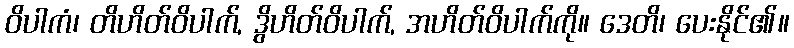
ဝိပါကံ၊ တိဟိတ်ဝိပါက်, ဒွိဟိတ်ဝိပါက်, အဟိတ်ဝိပါက်ကို။ ဒေတိ၊ ပေးနိုင်၏။